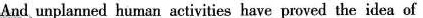
And unplanned human activities have proved the idea of